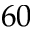
6 0